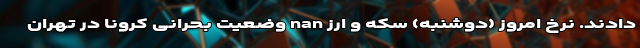
دادند. نرخ امروز (دوشنبه) سکه و ارز nan وضعیت بحرانی کرونا در تهران